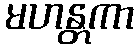
မဟန္တကာ